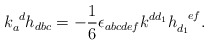
\begin{align*}k_a^{~d}h_{dbc}=-{1\over 6}\epsilon_{abcdef}k^{dd_1}h_{d_1}^{~~ef}.\end{align*}